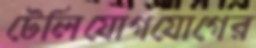
টেলিযোগযোগের